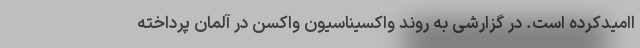
اامیدکرده است. در گزارشی به روند واکسیناسیون واکسن در آلمان پرداخته